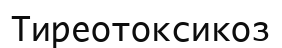
Тиреотоксикоз